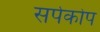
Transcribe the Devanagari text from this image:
सर्पकोप